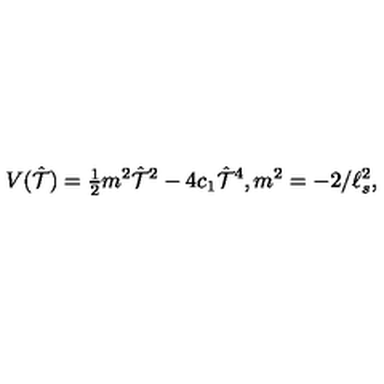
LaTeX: V ( \hat { \cal T } ) = { \textstyle \frac { 1 } { 2 } } m ^ { 2 } \hat { \cal T } ^ { 2 } - 4 c _ { 1 } \hat { \cal T } ^ { 4 } , m ^ { 2 } = - 2 / \ell _ { s } ^ { 2 } ,